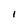
Character: I